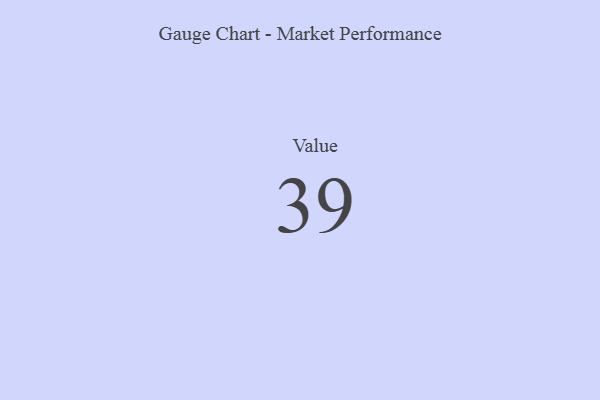
{"axis": {"x": "Metric", "y": "Value"}, "legend": [""], "data": [{"x": "Value", "y": 39, "type": ""}]}